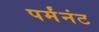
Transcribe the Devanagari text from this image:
पर्मंनंट